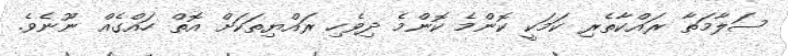
ސަލާމަތާ ރައްކާތެރި ކަމަކީ ކޮންމެ ކޮންމެ ދިވެހި ރައްޔިތަކަށް އޮތް ހައްގެއް ނޫނެވެ.